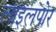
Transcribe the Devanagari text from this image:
लाइलपोर